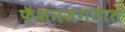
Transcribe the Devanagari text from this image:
फॅशनजगतात